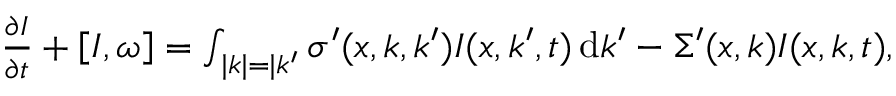
\begin{array} { r } { \ensuremath { \frac { \partial I } { \partial t } } + \ensuremath { \left[ I , \omega \right] } = \int _ { | k | = | k ^ { \prime } } \sigma ^ { \prime } ( x , k , k ^ { \prime } ) I ( x , k ^ { \prime } , t ) \ensuremath { \, \ensuremath { \mathrm { d } } \ensuremath { k } } ^ { \prime } - \Sigma ^ { \prime } ( x , k ) I ( x , k , t ) , } \end{array}